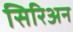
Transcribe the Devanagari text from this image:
सिरिअन